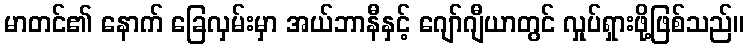
မာတင်၏ နောက် ခြေလှမ်းမှာ အယ်ဘာနီနှင့် ဂျော်ဂျီယာတွင် လှုပ်ရှားဖို့ဖြစ်သည်။